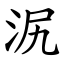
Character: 泦